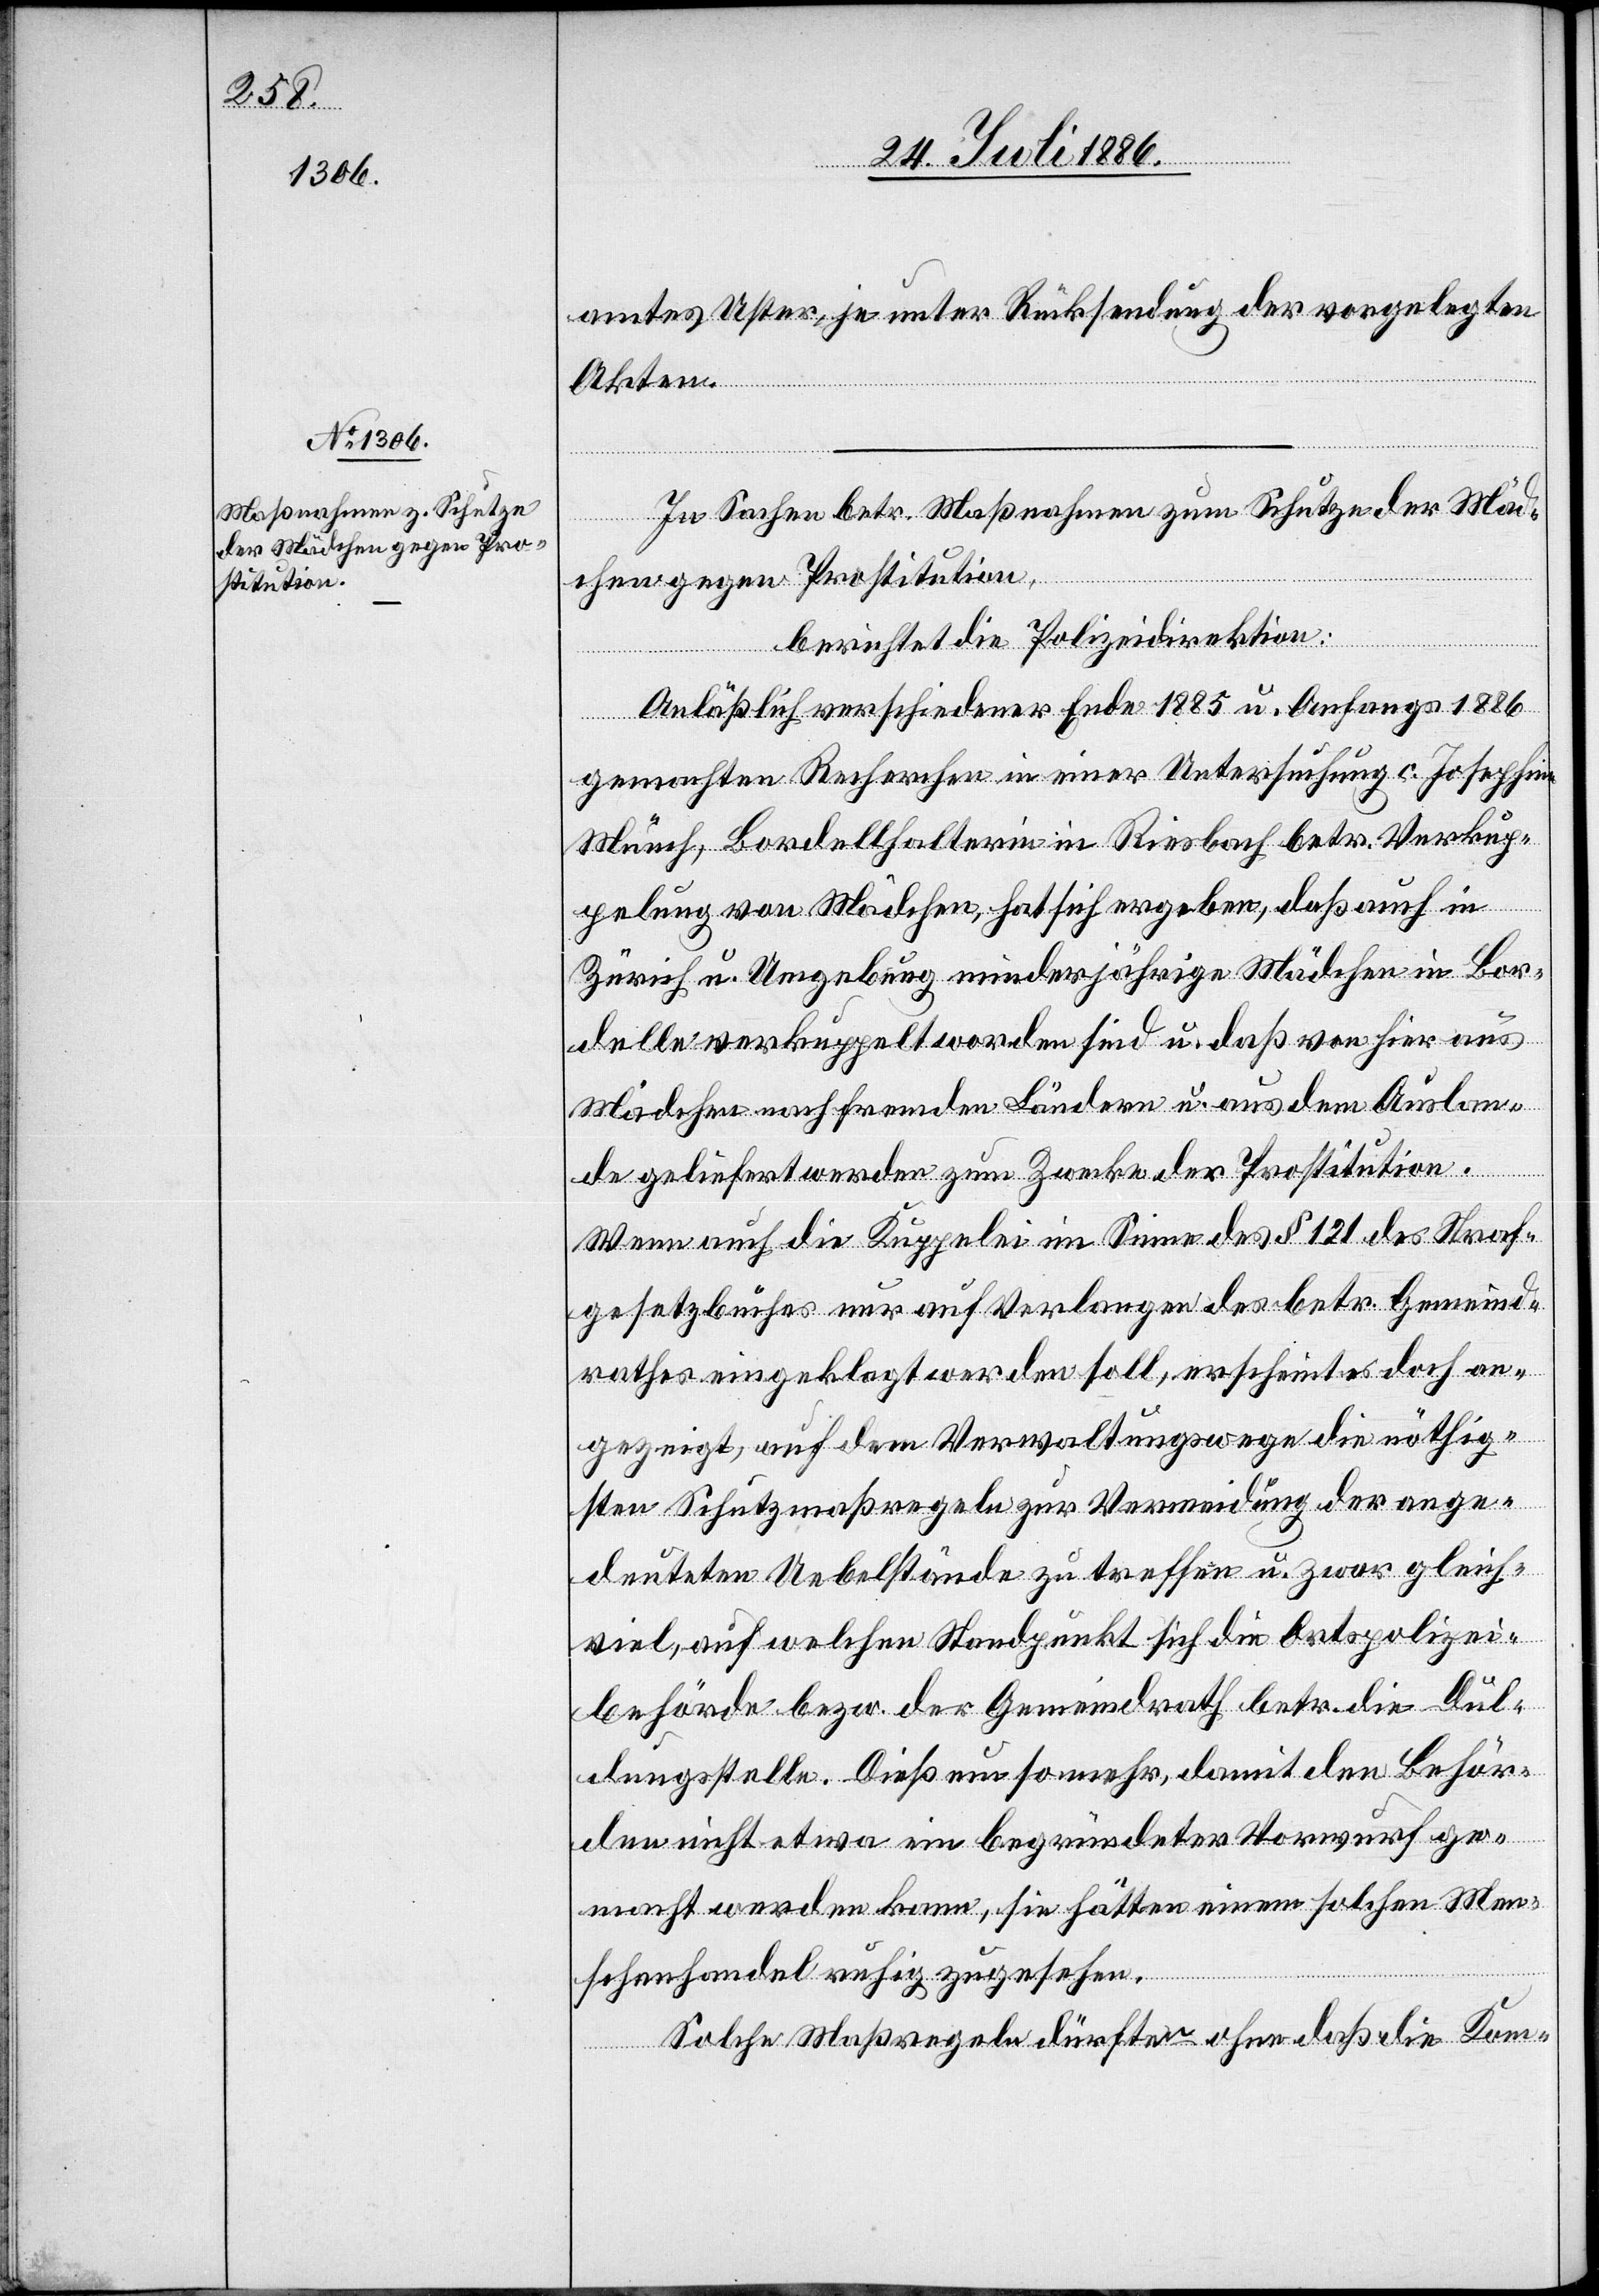
amtes Uster, je unter Rücksendung der vorgelegten
Akten.
In Sachen betr. Maßnahmen zum Schutze der Mäd¬
chen gegen Prostitution,
berichtet die Polizeidirektion:
Anläßlich verschiedener Ende 1885 u. Anfangs 1886
gemachten Recherchen in einer Untersuchung c. Josephine
Münch, Bordellhalterin in Riesbach betr. Verkup¬
pelung von Mädchen, hat sich ergeben, daß auch in
Zürich u. Umgebung minderjährige Mädchen in Bor¬
delle verkuppelt worden sind, u. daß von hier aus
Mädchen nach fremden Ländern u. aus dem Auslan¬
de geliefert werden zum Zwecke der Prostitution.
Wenn auch die Kuppelei im Sinne des § 121 des Straf¬
gesetzbuches nur auf Verlangen des betr. Gemeind¬
rathes eingeklagt werden soll, erscheint es doch an¬
gezeigt, auf dem Verwaltungswege die nöthig¬
sten Schutzmaßregeln zur Vermeidung der ange¬
deuteten Uebelstände zu treffen u. zwar gleich¬
viel, auf welchen Standpunkt sich die Ortspolizei¬
behörde bezw. der Gemeindrath betr. die Dul¬
dungsstelle [stellt]. Dieß um so mehr, damit den Behör¬
den nicht etwa ein begründeter Vorwurf ge¬
macht werden kann, sie hätten einem solchen Men¬
schenhandel ruhig zugesehen.
Solche Maßregeln dürften ohne daß die Kom-